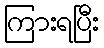
ကြားရပြီး